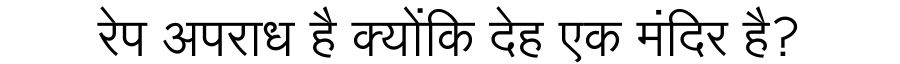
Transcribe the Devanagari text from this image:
रेप अपराध है क्योंकि देह एक मंदिर है?